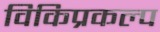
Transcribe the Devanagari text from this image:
विकिप्रकल्प